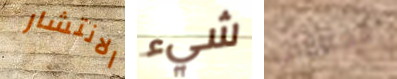
الانتشار شيء الخلافات